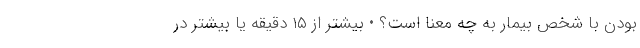
بودن با شخص بیمار به چه معنا است؟ • بیشتر از ۱۵ دقیقه یا بیشتر در